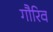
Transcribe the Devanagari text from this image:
गौरिव